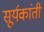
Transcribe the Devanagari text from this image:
सूर्यकांती